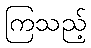
ကြသည့်